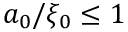
a _ { 0 } / \xi _ { 0 } \leq 1